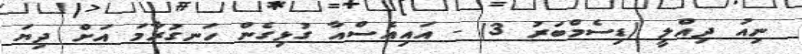
ނިއު ދިއްލީ (ޑިސެމްބަރު 3) - އައިއެސްއާ ގުޅިގެން ހަނގުރާމަ އަށް ދިޔަ